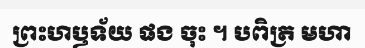
ព្រះហឫទ័យ ផង ចុះ ។ បពិត្រ មហា